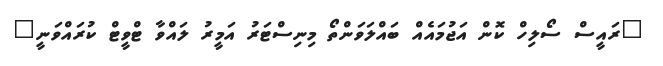
"ރައީސް ސޯލިހް ކޮން އަޖުމައެއް ބައްލަވަންތޯ މިނިސްޓަރު އަމީރު ލައްވާ ޓްވީޓް ކުރައްވަނީ"